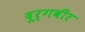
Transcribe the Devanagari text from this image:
दूर्गवीर